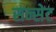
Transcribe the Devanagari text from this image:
सन्सेट